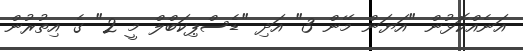
އަނެއްކޮޅުން "އަޔަން މޭން 3" އަދި "ޑެސްޕިކަބްލް މީ 2" ގެ އިތުރުން